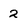
Character: 2